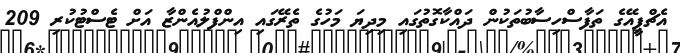
އެޗްޕީއޭގެ ތަފާސްހިސާބުތަކުން ދައްކާގޮތުގައި މިދިޔަ މަހުގެ ތެރޭގައި އިންފްލުއެންޒާ އަށް ޓެސްޓުކުރި 209